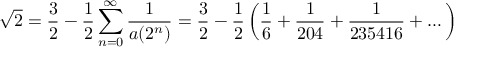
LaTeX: { \sqrt { 2 } } = { \frac { 3 } { 2 } } - { \frac { 1 } { 2 } } \sum _ { n = 0 } ^ { \infty } { \frac { 1 } { a ( 2 ^ { n } ) } } = { \frac { 3 } { 2 } } - { \frac { 1 } { 2 } } \left( { \frac { 1 } { 6 } } + { \frac { 1 } { 2 0 4 } } + { \frac { 1 } { 2 3 5 4 1 6 } } + \dots \right)